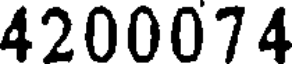
4200074